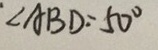
\angle A B D = 5 0 ^ { \circ }